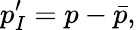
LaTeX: p_{I}^{\prime}=p-\bar{p},